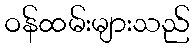
ဝန်ထမ်းများသည်